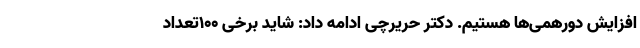
افزایش دورهمی‌ها هستیم. دکتر حریرچی ادامه داد: شاید برخی 100تعداد